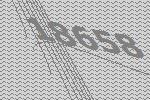
18658